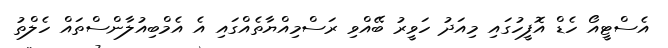
އެސްޓީއޯ ހެޑް އޮފީހުގައި މިއަދު ހަވީރު ބޭއްވި ރަސްމިއްޔާތެއްގައި އެ އެމްބިއުލާންސްތައް ހެލްތު